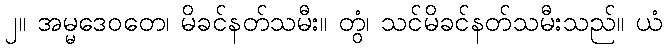
၂။ အမ္မဒေဝတေ၊ မိခင်နတ်သမီး။ တွံ၊ သင်မိခင်နတ်သမီးသည်။ ယံ